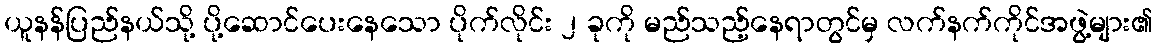
ယူနန်ပြည်နယ်သို့ ပို့ဆောင်ပေးနေသော ပိုက်လိုင်း ၂ ခုကို မည်သည့်နေရာတွင်မှ လက်နက်ကိုင်အဖွဲ့များ၏